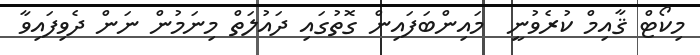
މިކޯޓް ޤާއިމް ކުރެވުނީ  މައިންބަފައިން ގޮތުގައި ދައުލަތް މިނަމުން ނަން ދެވިފައިވާ